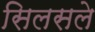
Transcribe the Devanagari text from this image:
सिलसले